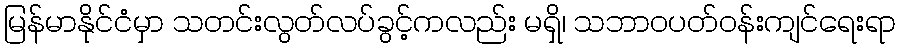
မြန်မာနိုင်ငံမှာ သတင်းလွတ်လပ်ခွင့်ကလည်း မရှိ၊ သဘာဝပတ်ဝန်းကျင်ရေးရာ